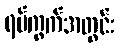
ရပ်ကွက်အတွင်း